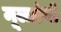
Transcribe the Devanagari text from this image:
मूलग्रंथों